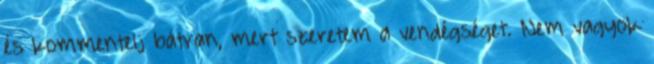
és kommentelj bátran, mert szeretem a vendégséget. Nem vagyok